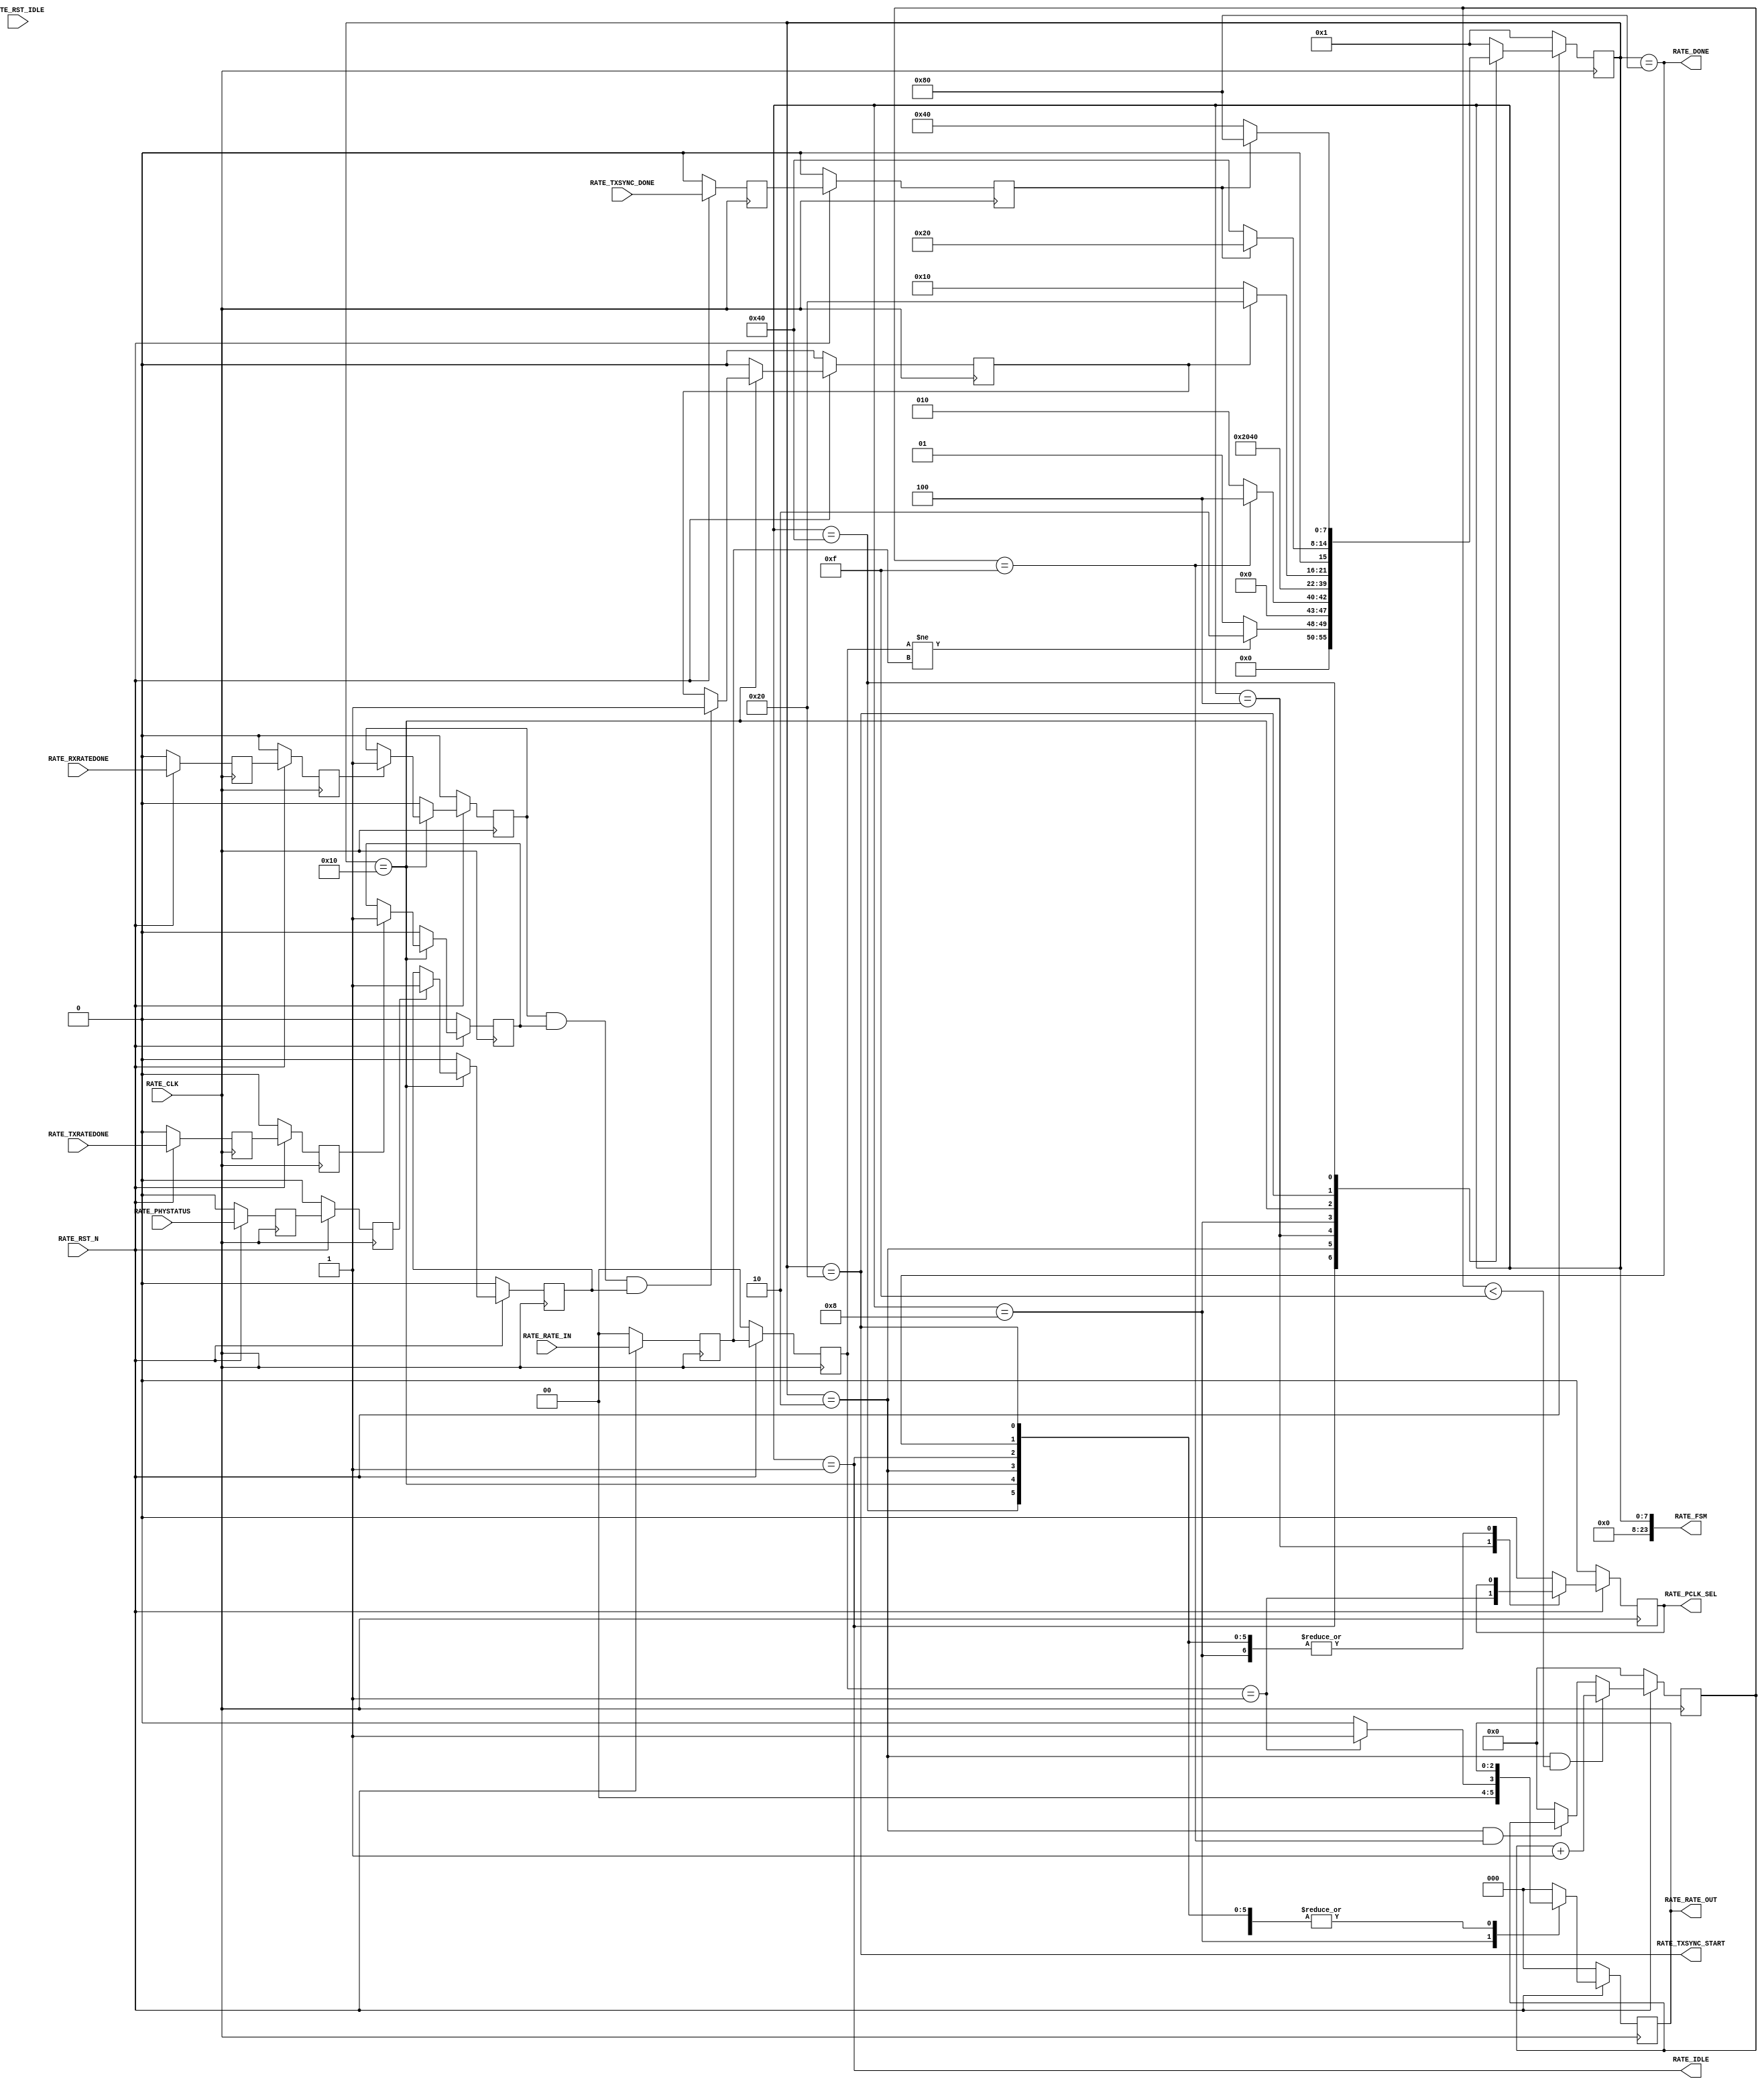
//-----------------------------------------------------------------------------
//
// (c) Copyright 2010-2011 Xilinx, Inc. All rights reserved.
//
// This file contains confidential and proprietary information
// of Xilinx, Inc. and is protected under U.S. and
// international copyright and other intellectual property
// laws.
//
// DISCLAIMER
// This disclaimer is not a license and does not grant any
// rights to the materials distributed herewith. Except as
// otherwise provided in a valid license issued to you by
// Xilinx, and to the maximum extent permitted by applicable
// law: (1) THESE MATERIALS ARE MADE AVAILABLE "AS IS" AND
// WITH ALL FAULTS, AND XILINX HEREBY DISCLAIMS ALL WARRANTIES
// AND CONDITIONS, EXPRESS, IMPLIED, OR STATUTORY, INCLUDING
// BUT NOT LIMITED TO WARRANTIES OF MERCHANTABILITY, NON-
// INFRINGEMENT, OR FITNESS FOR ANY PARTICULAR PURPOSE; and
// (2) Xilinx shall not be liable (whether in contract or tort,
// including negligence, or under any other theory of
// liability) for any loss or damage of any kind or nature
// related to, arising under or in connection with these
// materials, including for any direct, or any indirect,
// special, incidental, or consequential loss or damage
// (including loss of data, profits, goodwill, or any type of
// loss or damage suffered as a result of any action brought
// by a third party) even if such damage or loss was
// reasonably foreseeable or Xilinx had been advised of the
// possibility of the same.
//
// CRITICAL APPLICATIONS
// Xilinx products are not designed or intended to be fail-
// safe, or for use in any application requiring fail-safe
// performance, such as life-support or safety devices or
// systems, Class III medical devices, nuclear facilities,
// applications related to the deployment of airbags, or any
// other applications that could lead to death, personal
// injury, or severe property or environmental damage
// (individually and collectively, "Critical
// Applications"). Customer assumes the sole risk and
// liability of any use of Xilinx products in Critical
// Applications, subject only to applicable laws and
// regulations governing limitations on product liability.
//
// THIS COPYRIGHT NOTICE AND DISCLAIMER MUST BE RETAINED AS
// PART OF THIS FILE AT ALL TIMES.
//
//-----------------------------------------------------------------------------
// Project    : Series-7 Integrated Block for PCI Express
// Version    : 1.7
//------------------------------------------------------------------------------
//  Description  :  PIPE Rate Module for 7 Series Transceiver
//  Version      :  0.1
//------------------------------------------------------------------------------



`timescale 1ns / 1ps



//---------- PIPE Rate Module --------------------------------------------------
module pcie_7x_v1_8_gtp_pipe_rate #
(

    parameter TXDATA_WAIT_MAX   = 4'd15                     // TXDATA wait max

)

(

    //---------- Input -------------------------------------
    input               RATE_CLK,
    input               RATE_RST_N,
    input               RATE_RST_IDLE,
    input       [ 1:0]  RATE_RATE_IN,
    input               RATE_TXRATEDONE,
    input               RATE_RXRATEDONE,
    input               RATE_TXSYNC_DONE,
    input               RATE_PHYSTATUS,
    
    //---------- Output ------------------------------------
    output              RATE_PCLK_SEL,
    output      [ 2:0]  RATE_RATE_OUT,
    output              RATE_TXSYNC_START,
    output              RATE_DONE,
    output              RATE_IDLE,
    output      [23:0]  RATE_FSM

);

    //---------- Input FF or Buffer ------------------------
    reg                 rst_idle_reg1;
    reg         [ 1:0]  rate_in_reg1;
    reg                 txratedone_reg1;
    reg                 rxratedone_reg1;
    reg                 phystatus_reg1;
    reg                 txsync_done_reg1;
    
    reg                 rst_idle_reg2;
    reg         [ 1:0]  rate_in_reg2;
    reg                 txratedone_reg2;
    reg                 rxratedone_reg2;
    reg                 phystatus_reg2;
    reg                 txsync_done_reg2;
    
    //---------- Internal Signals --------------------------
    wire                pll_lock;
    wire        [ 2:0]  rate;
    reg         [ 3:0]  txdata_wait_cnt = 4'd0;
    reg                 txratedone      = 1'd0;
    reg                 rxratedone      = 1'd0;
    reg                 phystatus       = 1'd0;
    reg                 ratedone        = 1'd0;
    
    //---------- Output FF or Buffer -----------------------
    reg                 pclk_sel   =  1'd0; 
    reg         [ 2:0]  rate_out   =  3'd0; 
    reg         [7:0]   fsm        =  8'd0;                 
   
    //---------- FSM ---------------------------------------                                         
    
    localparam          FSM_IDLE             = 8'b00000001; 
    localparam          FSM_TXDATA_WAIT      = 8'b00000010;           
    localparam          FSM_PCLK_SEL         = 8'b00000100;   
    localparam          FSM_RATE_SEL         = 8'b00001000;
    localparam          FSM_RATE_DONE        = 8'b00010000;
    localparam          FSM_TXSYNC_START     = 8'b00100000;
    localparam          FSM_TXSYNC_DONE      = 8'b01000000;             
    localparam          FSM_DONE             = 8'b10000000; // Must sync value to pipe_user.v
    
//---------- Input FF ----------------------------------------------------------
always @ (posedge RATE_CLK)
begin

    if (!RATE_RST_N)
        begin    
        //---------- 1st Stage FF -------------------------- 
        rst_idle_reg1       <= 1'd0;   
        rate_in_reg1        <= 2'd0;
        txratedone_reg1     <= 1'd0;
        rxratedone_reg1     <= 1'd0;
        phystatus_reg1      <= 1'd0;
        txsync_done_reg1    <= 1'd0;
        //---------- 2nd Stage FF --------------------------
        rst_idle_reg2       <= 1'd0;
        rate_in_reg2        <= 2'd0;
        txratedone_reg2     <= 1'd0;
        rxratedone_reg2     <= 1'd0;
        phystatus_reg2      <= 1'd0;
        txsync_done_reg2    <= 1'd0;
        end
    else
        begin  
        //---------- 1st Stage FF --------------------------
        rst_idle_reg1       <= RATE_RST_IDLE;
        rate_in_reg1        <= RATE_RATE_IN;
        txratedone_reg1     <= RATE_TXRATEDONE;
        rxratedone_reg1     <= RATE_RXRATEDONE;
        phystatus_reg1      <= RATE_PHYSTATUS;
        txsync_done_reg1    <= RATE_TXSYNC_DONE;
        //---------- 2nd Stage FF --------------------------
        rst_idle_reg2       <= rst_idle_reg1;
        rate_in_reg2        <= rate_in_reg1;
        txratedone_reg2     <= txratedone_reg1;
        rxratedone_reg2     <= rxratedone_reg1;
        phystatus_reg2      <= phystatus_reg1;
        txsync_done_reg2    <= txsync_done_reg1;   
        end
        
end    






//---------- Select Rate -------------------------------------------------------
//  Gen1 :  div 2 using [TX/RX]OUT_DIV = 2
//  Gen2 :  div 1 using [TX/RX]RATE = 3'd1
//------------------------------------------------------------------------------
assign rate = (rate_in_reg2 == 2'd1) ? 3'd1 : 3'd0;



//---------- TXDATA Wait Counter -----------------------------------------------
always @ (posedge RATE_CLK)
begin

    if (!RATE_RST_N)
        txdata_wait_cnt <= 4'd0;
    else
    
        //---------- Increment Wait Counter ----------------
        if ((fsm == FSM_TXDATA_WAIT) && (txdata_wait_cnt < TXDATA_WAIT_MAX))
            txdata_wait_cnt <= txdata_wait_cnt + 4'd1;
            
        //---------- Hold Wait Counter ---------------------
        else if ((fsm == FSM_TXDATA_WAIT) && (txdata_wait_cnt == TXDATA_WAIT_MAX))
            txdata_wait_cnt <= txdata_wait_cnt;
            
        //---------- Reset Wait Counter --------------------
        else
            txdata_wait_cnt <= 4'd0;
        
end 



//---------- Latch TXRATEDONE, RXRATEDONE, and PHYSTATUS -----------------------
always @ (posedge RATE_CLK)
begin

    if (!RATE_RST_N)
        begin   
        txratedone <= 1'd0;
        rxratedone <= 1'd0; 
        phystatus  <= 1'd0;
        ratedone   <= 1'd0;
        end
    else
        begin  

        if (fsm == FSM_RATE_DONE)
        
            begin
            
            //---------- Latch TXRATEDONE ------------------
            if (txratedone_reg2)
                txratedone <= 1'd1; 
            else
                txratedone <= txratedone;
 
            //---------- Latch RXRATEDONE ------------------
            if (rxratedone_reg2)
                rxratedone <= 1'd1; 
            else
                rxratedone <= rxratedone;
  
            //---------- Latch PHYSTATUS -------------------
            if (phystatus_reg2)
                phystatus <= 1'd1; 
            else
                phystatus <= phystatus;
  
            //---------- Latch Rate Done -------------------
            if (rxratedone && txratedone && phystatus)
                ratedone <= 1'd1; 
            else
                ratedone <= ratedone;
  
            end
  
        else 
        
            begin
            txratedone <= 1'd0;
            rxratedone <= 1'd0;
            phystatus  <= 1'd0;
            ratedone   <= 1'd0;
            end
        
        end
        
end    



//---------- PIPE Rate FSM -----------------------------------------------------
always @ (posedge RATE_CLK)
begin

    if (!RATE_RST_N)
        begin
        fsm        <= FSM_IDLE;
        pclk_sel   <= 1'd0; 
        rate_out   <= 3'd0;                              
        end
    else
        begin
        
        case (fsm)
            
        //---------- Idle State ----------------------------
        FSM_IDLE :
        
            begin
            //---------- Detect Rate Change ----------------
            if (rate_in_reg2 != rate_in_reg1)
                begin
                fsm        <=  FSM_TXDATA_WAIT;
                pclk_sel   <= pclk_sel;
                rate_out   <= rate_out;
                end
            else
                begin
                fsm        <= FSM_IDLE;
                pclk_sel   <= pclk_sel;
                rate_out   <= rate_out;
                end
            end 
        FSM_TXDATA_WAIT :
        
            begin
            fsm        <= (txdata_wait_cnt == TXDATA_WAIT_MAX) ? FSM_PCLK_SEL : FSM_TXDATA_WAIT;
            pclk_sel   <= pclk_sel;
            rate_out   <= rate_out;
            end 

        //---------- Select PCLK Frequency -----------------
        //  Gen1 : PCLK = 125 MHz
        //  Gen2 : PCLK = 250 MHz
        //--------------------------------------------------
        FSM_PCLK_SEL :
        
            begin
            fsm        <= FSM_RATE_SEL;    
            pclk_sel   <= (rate_in_reg2 == 2'd1);
            rate_out   <= rate_out;
            end

        //---------- Select Rate ---------------------------
        FSM_RATE_SEL :
        
            begin
            fsm        <= FSM_RATE_DONE;
            pclk_sel   <= pclk_sel;
            rate_out   <= rate;                             // Update [TX/RX]RATE
            end    
            
        //---------- Wait for Rate Change Done ------------- 
        FSM_RATE_DONE :
        
            begin
            if (ratedone ) 
                    fsm <= FSM_TXSYNC_START;
            else      
                    fsm <= FSM_RATE_DONE;
            
            pclk_sel   <= pclk_sel;
            rate_out   <= rate_out;
            end      
            
        //---------- Start TX Sync -------------------------
        FSM_TXSYNC_START:
        
            begin
            fsm        <= (!txsync_done_reg2 ? FSM_TXSYNC_DONE : FSM_TXSYNC_START);
            pclk_sel   <= pclk_sel;
            rate_out   <= rate_out;
            end
            
        //---------- Wait for TX Sync Done -----------------
        FSM_TXSYNC_DONE:
        
            begin
            fsm        <= (txsync_done_reg2 ? FSM_DONE : FSM_TXSYNC_DONE);
            pclk_sel   <= pclk_sel;
            rate_out   <= rate_out;
            end        

        //---------- Rate Change Done ----------------------
        FSM_DONE :  
          
            begin  
            fsm        <= FSM_IDLE;
            pclk_sel   <= pclk_sel;
            rate_out   <= rate_out;
            end
               
        //---------- Default State -------------------------
        default :
        
            begin
            fsm        <= FSM_IDLE;
            pclk_sel   <= 1'd0; 
            rate_out   <= 3'd0;  
            end

        endcase
        
        end
        
end 



//---------- PIPE Rate Output --------------------------------------------------
assign RATE_PCLK_SEL        = pclk_sel;
assign RATE_RATE_OUT        = rate_out;
assign RATE_TXSYNC_START    = (fsm == FSM_TXSYNC_START);
assign RATE_DONE            = (fsm == FSM_DONE);
assign RATE_IDLE            = (fsm == FSM_IDLE);
assign RATE_FSM             = fsm;   



endmodule